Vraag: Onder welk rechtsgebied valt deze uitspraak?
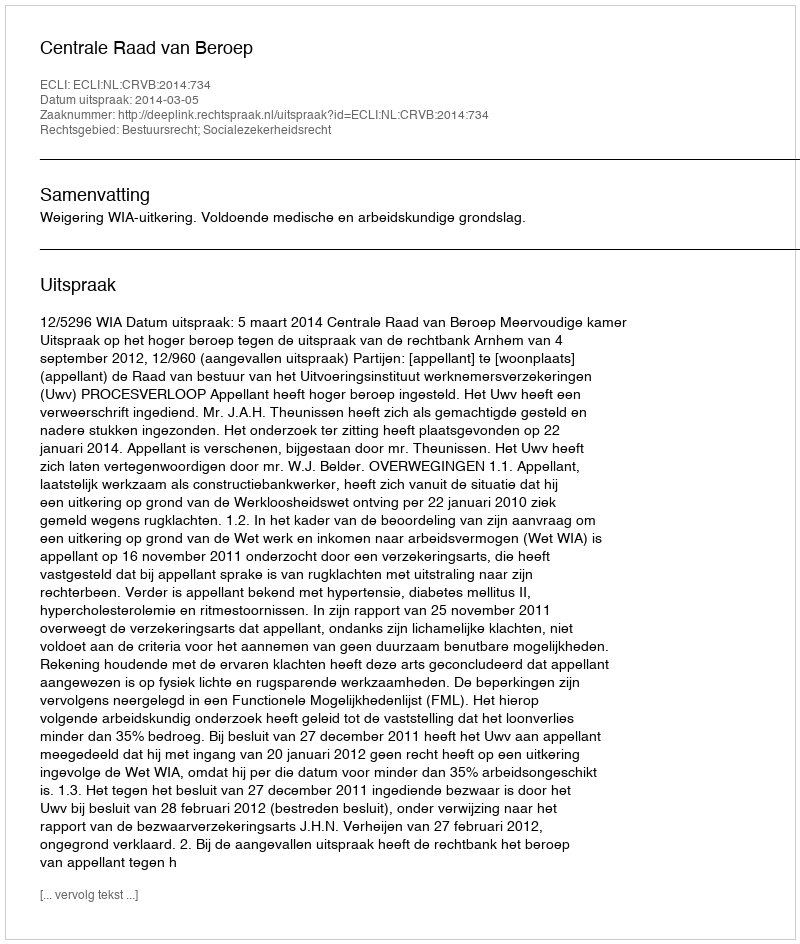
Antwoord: Bestuursrecht; Socialezekerheidsrecht